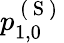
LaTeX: p_{1,0}^{\mathrm{~(~S~)~}}